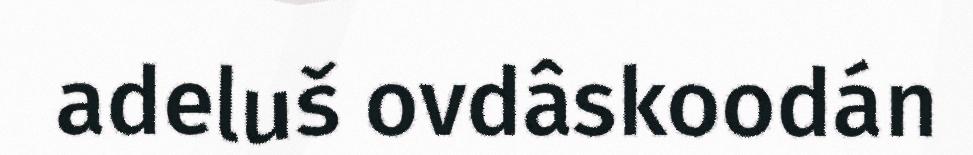
adeluš ovdâskoodán